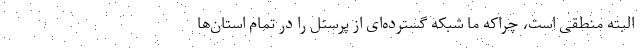
البته منطقی است، چراکه ما شبکه گسترده‌ای از پرسنل را در تمام استان‌ها